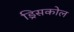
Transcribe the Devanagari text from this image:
ड्रिसकोल